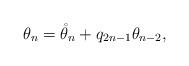
LaTeX: \begin{align*}\theta_n = \mathring{\theta}_n + q_{2n-1}\theta_{n-2},\end{align*}